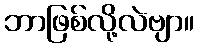
ဘာဖြစ်လို့လဲဗျာ။